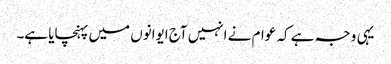
یہی وجہ ہے کہ عوام نے انہیں آج ایوانوں میں پہنچایا ہے۔